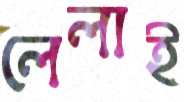
লেলাই